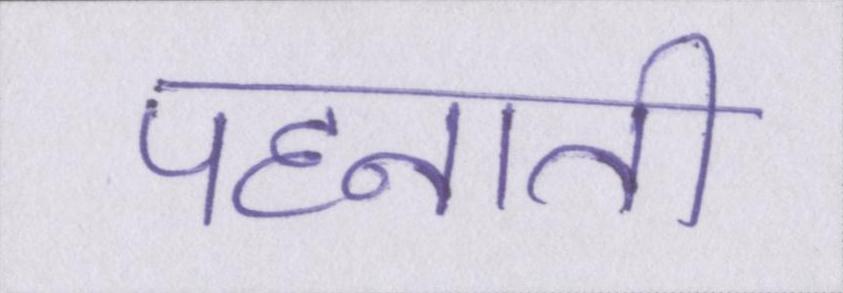
पहनाती